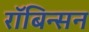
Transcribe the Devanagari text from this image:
रॉबिन्सन